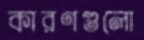
কারণগুলো